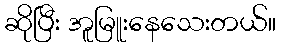
ဆိုပြီး အူမြူးနေသေးတယ်။